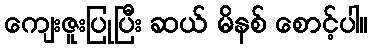
ကျေးဇူးပြုပြီး ဆယ် မိနစ် စောင့်ပါ။